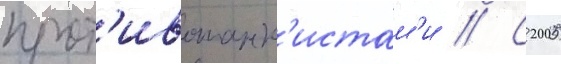
прот'ивотанк'истам'и // С 2005